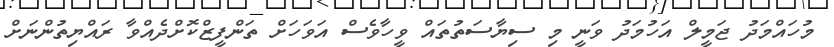
މުހައްމަދު ޖަމީލް އަހުމަދު ވަނީ މި ސިޔާސަތުތައް ވީހާވެސް އަވަހަށް ތަންފީޒްކޮށްދެއްވާ ރައްޔިތުންނަށް